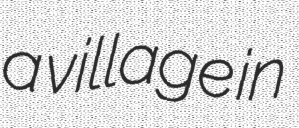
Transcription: a village in